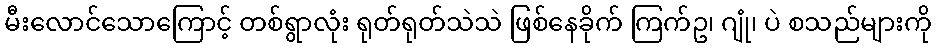
မီးလောင်သောကြောင့် တစ်ရွာလုံး ရုတ်ရုတ်သဲသဲ ဖြစ်နေခိုက် ကြက်ဥ၊ ဂျုံ၊ ပဲ စသည်များကို